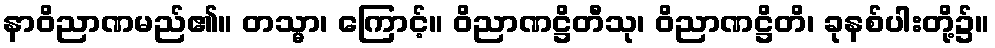
နာဝိညာဏမည်၏။ တသ္မာ၊ ကြောင့်။ ဝိညာဏဋ္ဌိတီသု၊ ဝိညာဏဋ္ဌိတိ၊ ခုနစ်ပါးတို့၌။